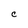
Character: c